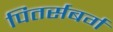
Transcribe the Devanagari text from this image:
पितर्सबर्ग